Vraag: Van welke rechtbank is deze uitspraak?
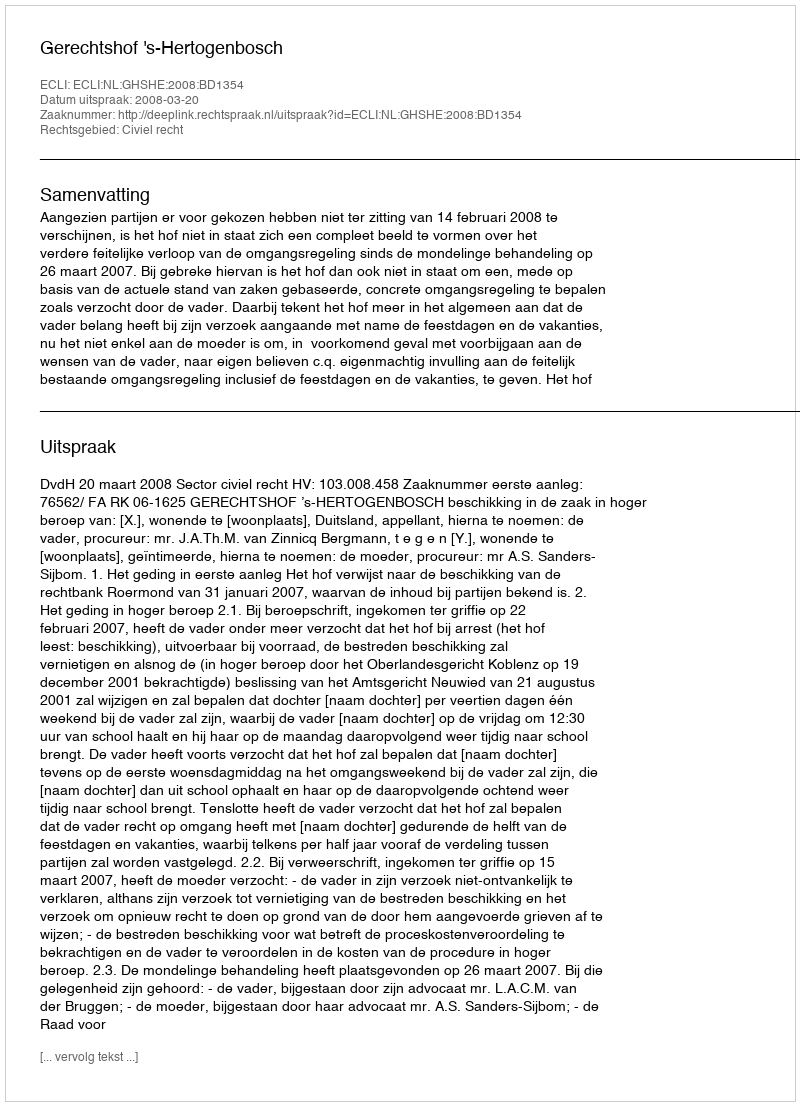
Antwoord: Gerechtshof 's-Hertogenbosch